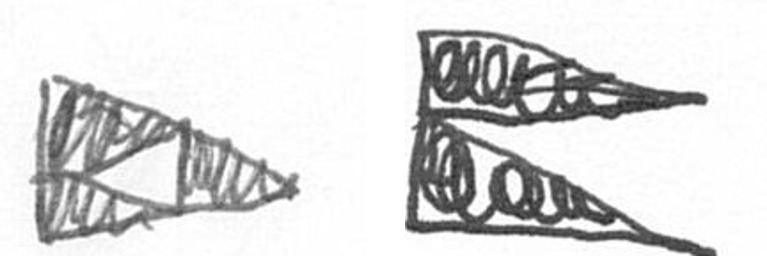
K P